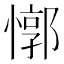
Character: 𰒈